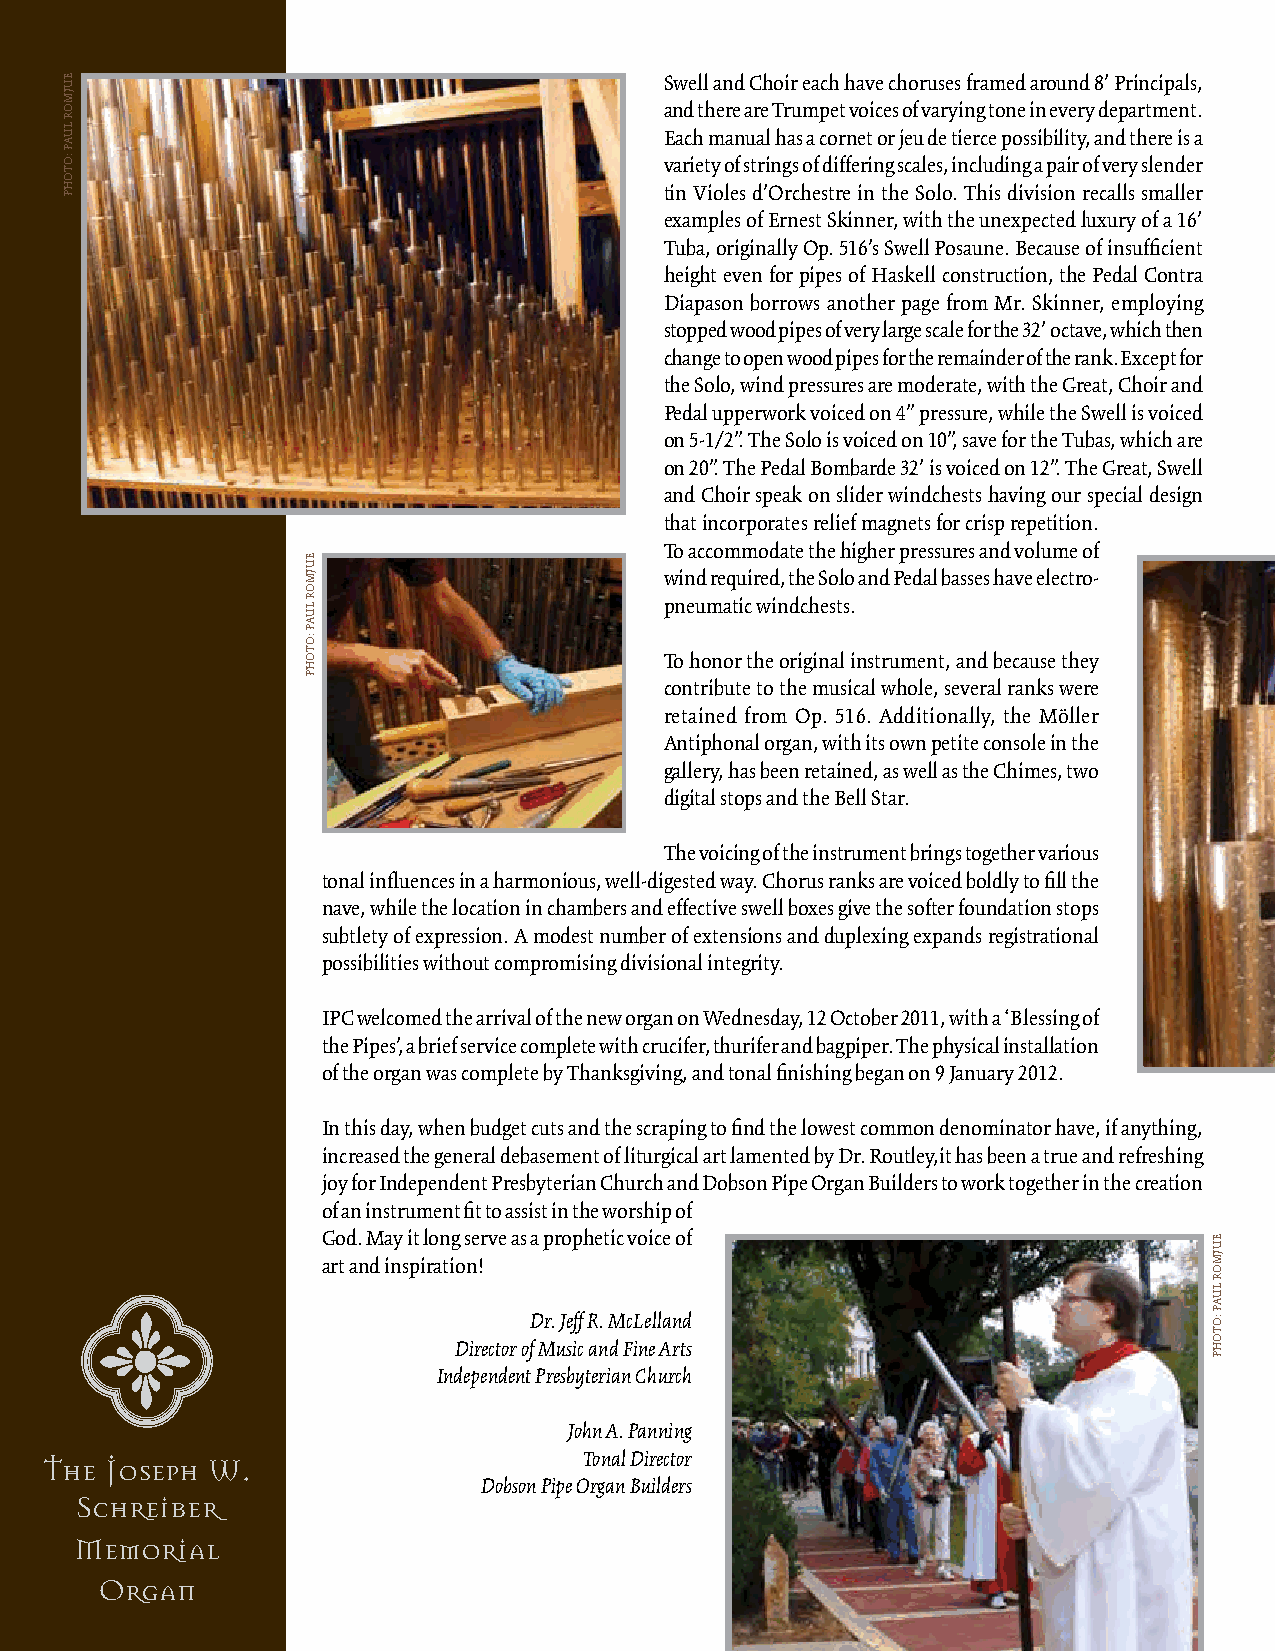
Swell and Choir each have choruses framed around 8’ Principals,
 and there are Trumpet voices of varying tone in every department.
 Each manual has a cornet or jeu de tierce possibility, and there is a
 variety of strings of differing scales, including a pair of very slender
 tin Violes d’Orchestre in the Solo. This division recalls smaller
 examples of Ernest Skinner, with the unexpected luxury of a 16’
 Tuba, originally Op. 516’s Swell Posaune. Because of insufficient
 height even for pipes of Haskell construction, the Pedal Contra
 Diapason borrows another page from Mr. Skinner, employing
 stopped wood pipes of very large scale for the 32’ octave, which then
 change to open wood pipes for the remainder of the rank. Except for
 the Solo, wind pressures are moderate, with the Great, Choir and
 Pedal upperwork voiced on 4” pressure, while the Swell is voiced
 on 5-1/2”. The Solo is voiced on 10”, save for the Tubas, which are
 on 20”. The Pedal Bombarde 32’ is voiced on 12”. The Great, Swell
 and Choir speak on slider windchests having our special design
 that incorporates relief magnets for crisp repetition.
 To accommodate the higher pressures and volume of
 wind required, the Solo and Pedal basses have electro-
 pneumatic windchests.
 To honor the original instrument, and because they
 contribute to the musical whole, several ranks were
 retained from Op. 516. Additionally, the Möller
 Antiphonal organ, with its own petite console in the
 gallery, has been retained, as well as the Chimes, two
 digital stops and the Bell Star.
 The voicing of the instrument brings together various
 tonal influences in a harmonious, well-digested way. Chorus ranks are voiced boldly to fill the
 nave, while the location in chambers and effective swell boxes give the softer foundation stops
 subtlety of expression. A modest number of extensions and duplexing expands registrational
 possibilities without compromising divisional integrity.
 IPC welcomed the arrival of the new organ on Wednesday, 12 October 2011, with a ‘Blessing of
 the Pipes’, a brief service complete with crucifer, thurifer and bagpiper. The physical installation
 of the organ was complete by Thanksgiving, and tonal finishing began on 9 January 2012.
 In this day, when budget cuts and the scraping to find the lowest common denominator have, if anything,
 increased the general debasement of liturgical art lamented by Dr. Routley,it has been a true and refreshing
 joy for Independent Presbyterian Church and Dobson Pipe Organ Builders to work together in the creation
 of an instrument fit to assist in the worship of
 God. May it long serve as a prophetic voice of
 art and inspiration!
 Dr. Jeff R. McLelland
 Director of Music and Fine Arts
 Independent Presbyterian Church
 John A. Panning
 Tonal Director
 The Joseph W.
 Dobson Pipe Organ Builders
 Schreiber
 Memorial
 Organ
 EUJMOR
 LUAP
 :OTOHP
 EUJMOR
 LUAP
 :OTOHP
 EUJMOR
 LUAP
 :OTOHP